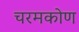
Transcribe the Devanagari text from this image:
चरमकोण